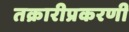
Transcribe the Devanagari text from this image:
तक्रारीप्रकरणी